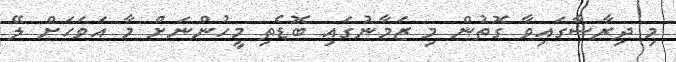
މި ދިރާސާގައިވާ ގޮތުން މި ޒަމާނުގައި ބޮޑެތި މީހުންނަށް މާ އަވަހަށް ލޭ